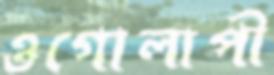
ওগোলাপী